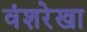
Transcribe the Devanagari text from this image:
वंशरेखा